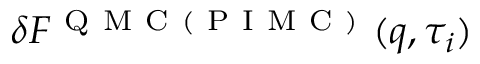
\delta F ^ { \mathrm { ~ Q ~ M ~ C ~ ( ~ P ~ I ~ M ~ C ~ ) ~ } } ( q , \tau _ { i } )